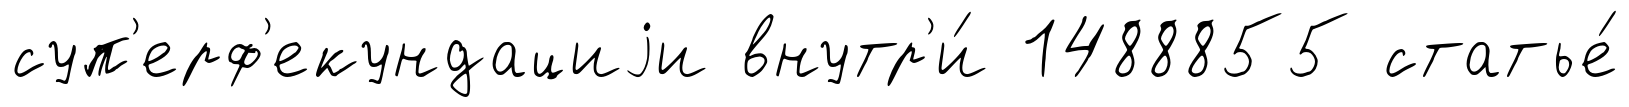
суп'ерф'екундациjи внутр'и́ 1488855 статье́